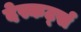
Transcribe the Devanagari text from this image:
देस्कर्ट्स